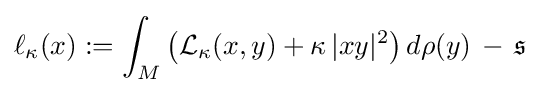
\ell _{\kappa }(x):=\int _{M}{\big (}{\mathcal {L}}_{\kappa }(x,y)+\kappa \,|xy|^{2}{\big )}\,d\rho (y)\,-\,{\mathfrak {s}}